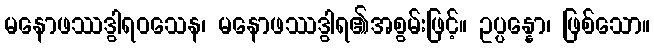
မနောဖဿဒွါရဝသေန၊ မနောဖဿဒွါရ၏အစွမ်းဖြင့်။ ဥပ္ပန္နော၊ ဖြစ်သော။